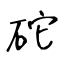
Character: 砣